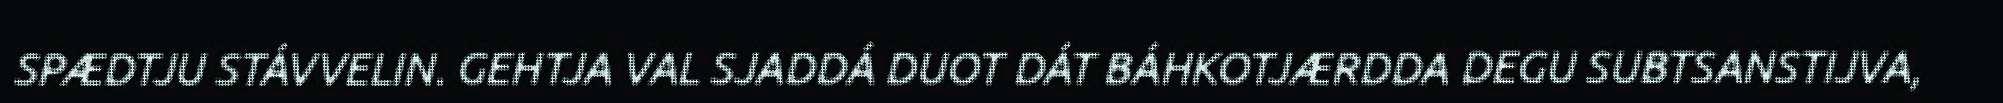
SPÆDTJU STÁVVELIN. GEHTJA VAL SJADDÁ DUOT DÁT BÁHKOTJÆRDDA DEGU SUBTSANSTIJVA,